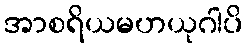
အာစရိယမဟယုဂါပိ